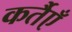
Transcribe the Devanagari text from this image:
कर्तैएँ